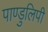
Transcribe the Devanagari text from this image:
पाण्डुलिपी